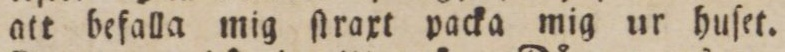
att befalla mig ſtraxt packa mig ur huſet.